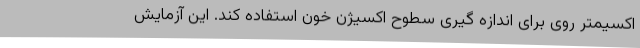
اکسیمتر روی برای اندازه گیری سطوح اکسیژن خون استفاده کند. این آزمایش